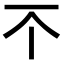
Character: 𫠡